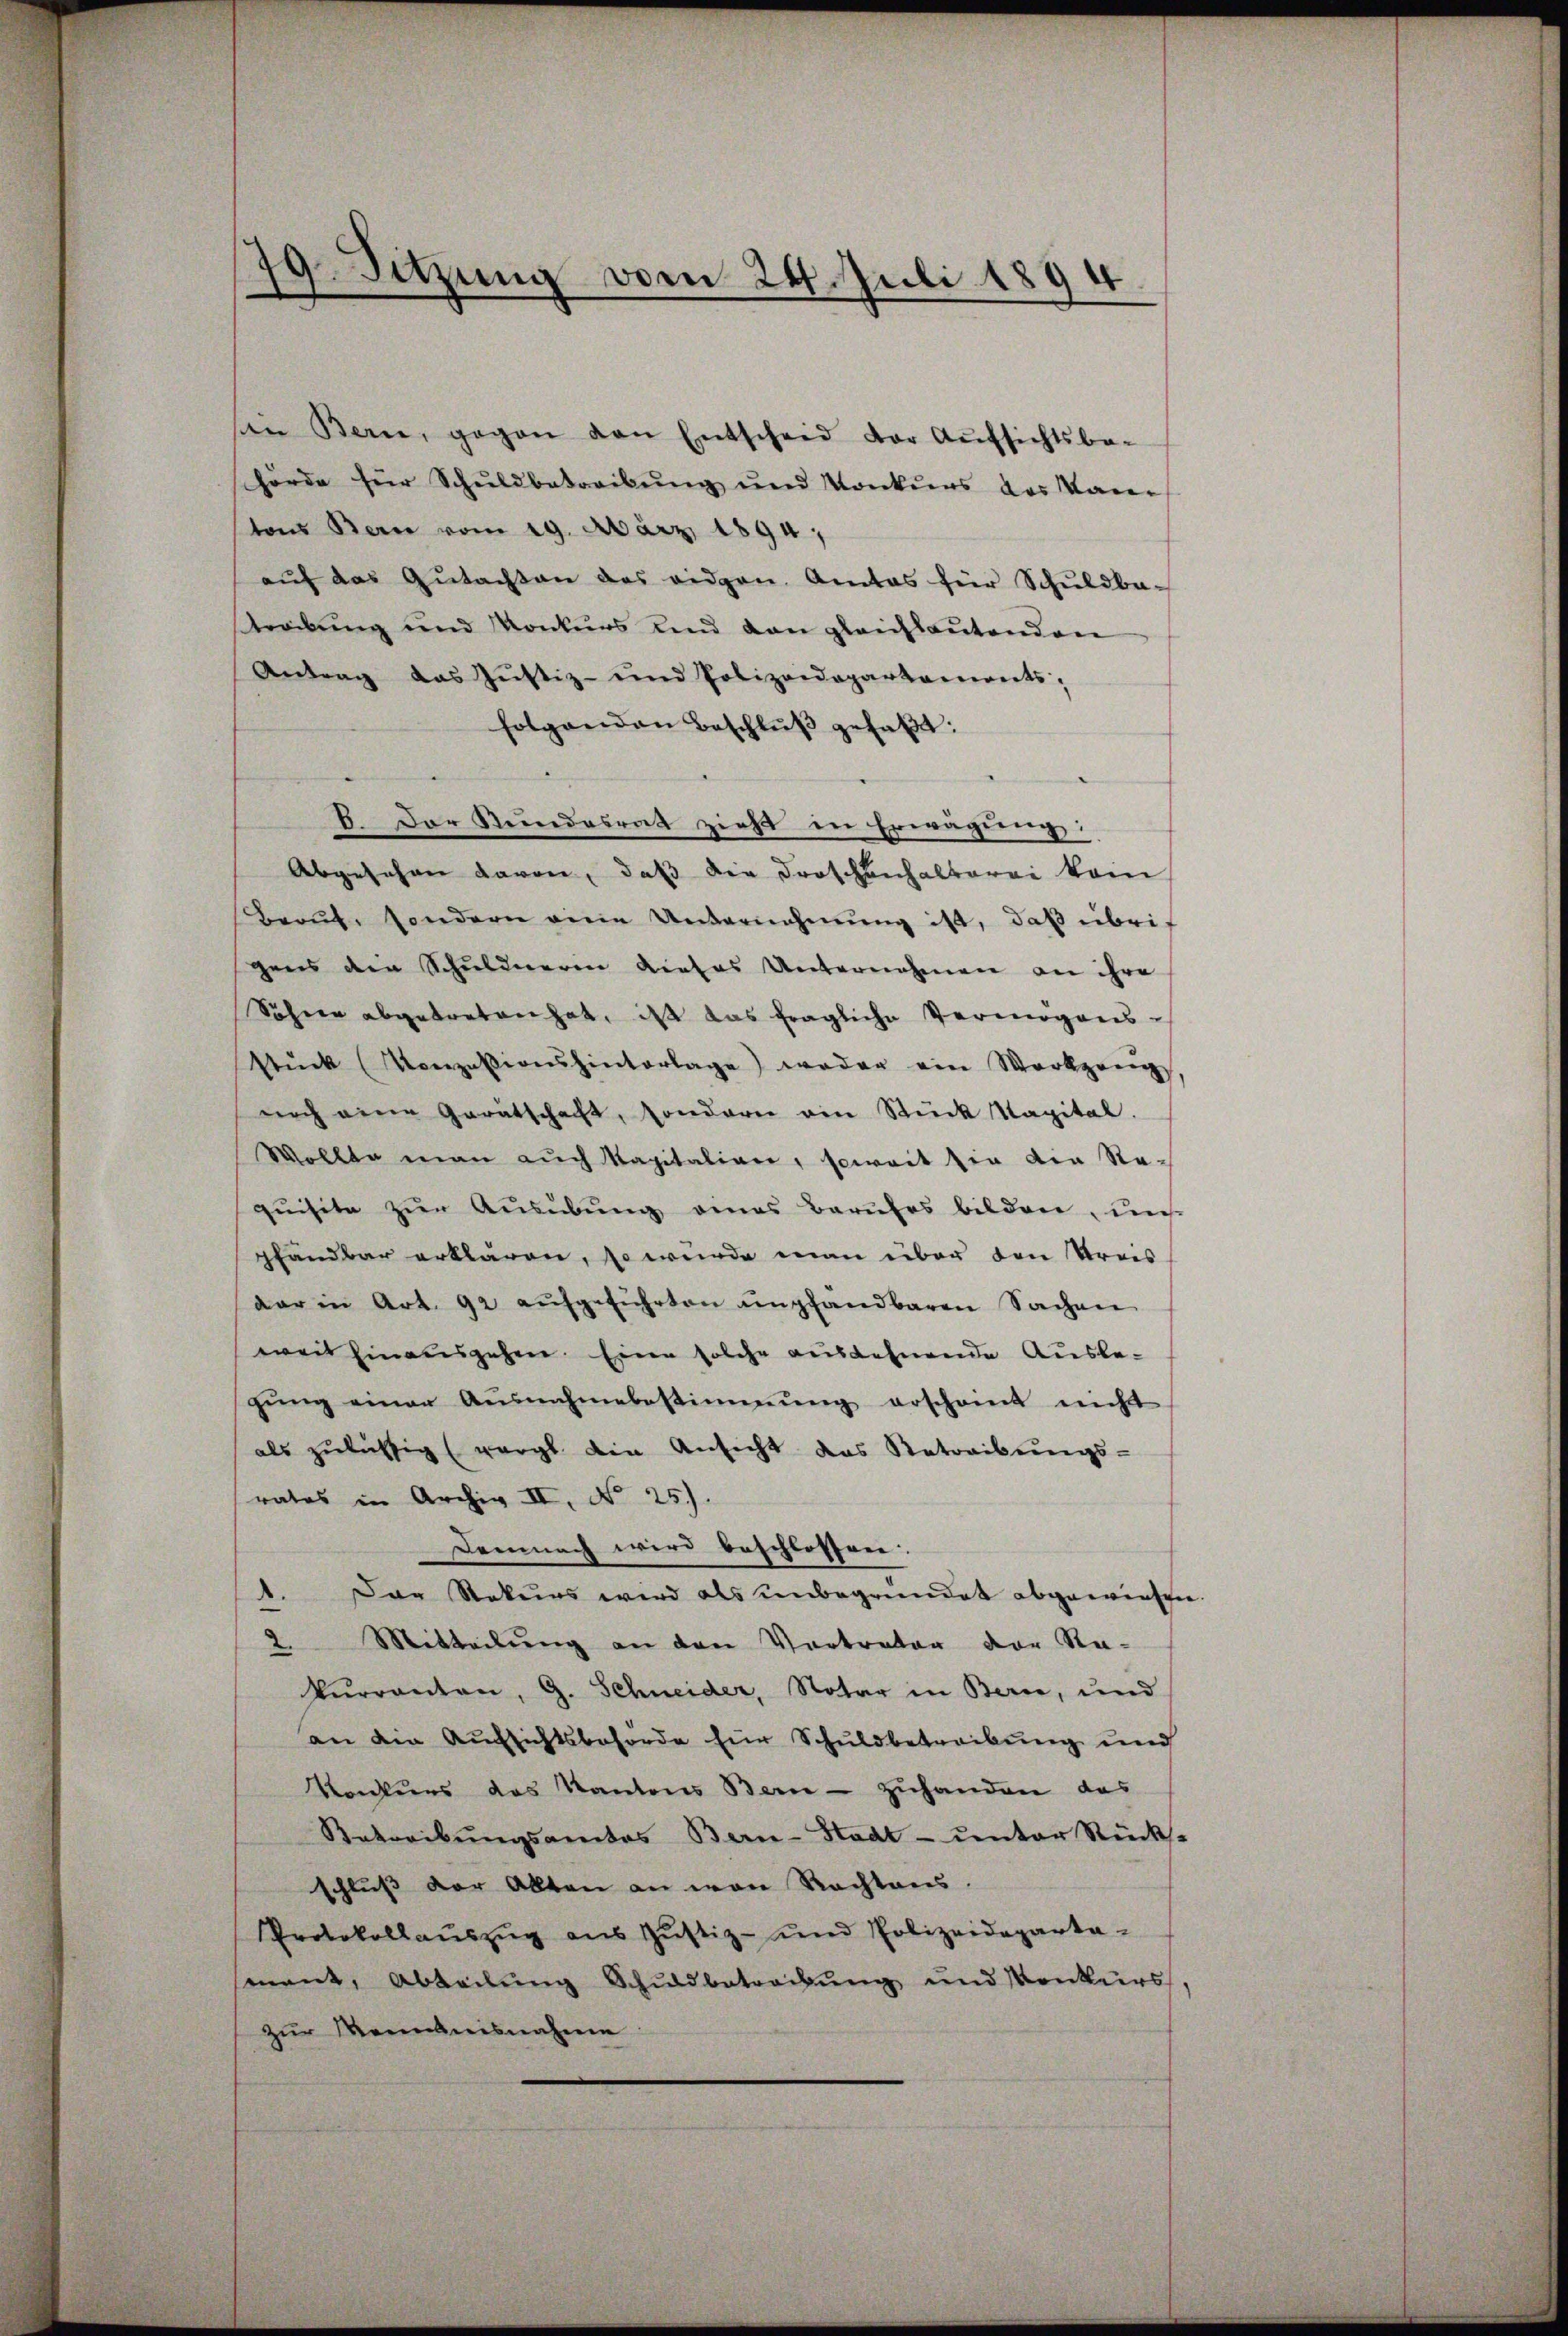
sen Berne, gegen von Entscheid der Aŭfsichtsbe-
hörde für Schuldbetreibŭng und Konkŭrs das Paren
tons Bern vom 19. März 1894.
aŭf das Gŭtachten des eidgen. Amtes für Schŭldba-
trebung und Konkurs und dan gleichlautenden
Antrag das Justiz- und Polizeidepartaments,
folgenden Beschlŭβ gefaβt:
5
B. Der Stundesrat zieht in Erwägung:
Abgesehen davon, daß die Droschenhalterei kom
Beruf, sondern eine Unternehmung ist, daß übrif
gens die Schuldnerin dieses Unternehmen an ihre
Söhner abgetreten hat, ist das fragliche Vermögens-
stŭck (Konzessionshinterlage) weder ein Werkzeug
noch eine Gerätschaft, sonderer von Stück kapital.
Wollte man aŭch Kapitalien, soweit sie die Re-
quisite zur Ausübung eines Berufes bilden, un
pfandbar erklären, so wurde man über den Kreis
dar in Art. 92 aŭfgeführten empfandbaren Sachen
weit hinausgehen. Eine solche ausdehnende Ausbegŭng einer Ausnahmebestimmung erscheint nicht
als zulässig (vergl. die Ansicht das Betreibŭngs-
rates in Archiv II, No 25.)
Demnach wird beschlossen.
1. Das Rekurs wird als ŭnbegründet abgewiesen.
2. Mitteilung an den Vertreter der Re-
kŭrranton, G. Schneider, Notar in Bern, und
an die Aufsichtsbehörde für Schuldbetreibung und
Konkurs des Kantons Bern - zuhanden das
Satreibŭngsamtes Bern-Stadt- unter Rückst
schlŭβ der Allten an von Rechtens.
Protokollaŭszŭg aŭs Jŭstiz- und Polizeideparta-
mant, Abteilŭng Schuldbetreibung und Konkurs,
zur Kenntnisnahme

79. Sitzung vom 24. Juli 1894